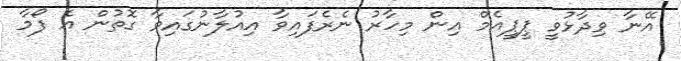
އޭނާ ވިދާޅުވީ ޕީޕީއެމް އިން މިހާރު ނެރެފައިވާ އިއުލާނުގައިވާ ގޮތުން އެ ފޯމާ